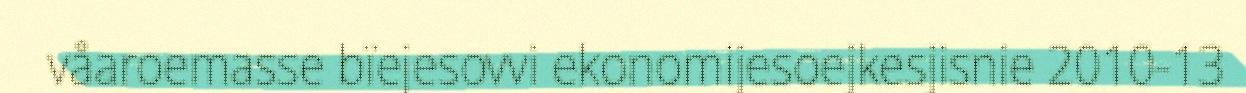
våaroemasse bïejesovvi ekonomijesoejkesjisnie 2010-13